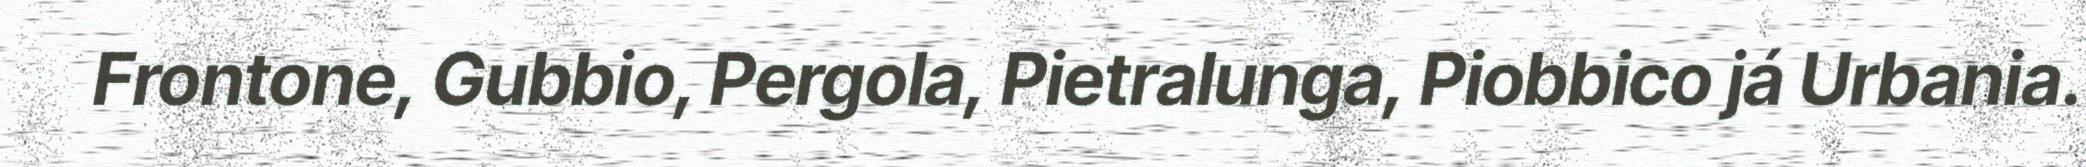
Frontone, Gubbio, Pergola, Pietralunga, Piobbico já Urbania.